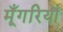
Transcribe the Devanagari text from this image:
मूँगरियाँ